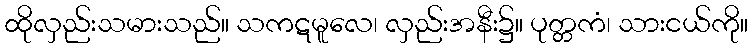
ထိုလှည်းသမားသည်။ သကဋမူလေ၊ လှည်းအနီး၌။ ပုတ္တကံ၊ သားငယ်ကို။